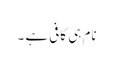
نام ہی کافی ہے ۔